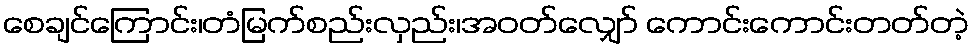
စေချင်ကြောင်း၊တံမြက်စည်းလှည်း၊အဝတ်လျှော် ကောင်းကောင်းတတ်တဲ့